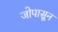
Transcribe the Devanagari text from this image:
जोपासून